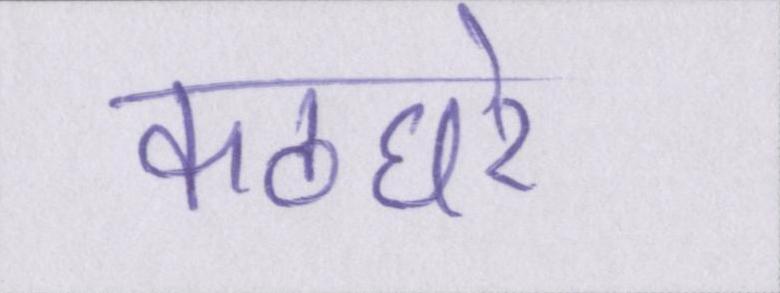
कठघरे